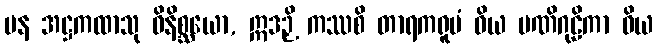
ပန အဋ္ဌကထာသု ဝိနိစ္ဆယော, ဣဒဉှိ ကဿစိ တာရကရူပံ ဝိယ မဏိဂုဠိကာ ဝိယ